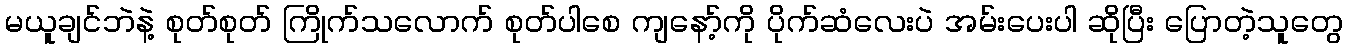
မယူချင်ဘဲနဲ့ စုတ်စုတ် ကြိုက်သလောက် စုတ်ပါစေ ကျနော့်ကို ပိုက်ဆံလေးပဲ အမ်းပေးပါ ဆိုပြီး ပြောတဲ့သူတွေ